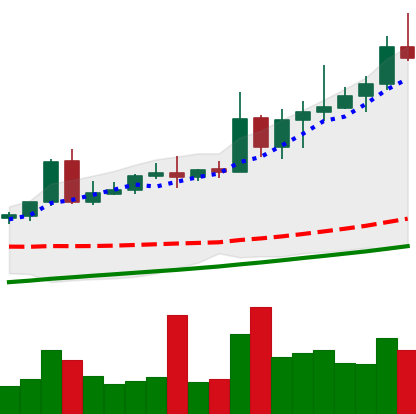
Ticker: NEO-USD
Chart end date: 2020-08-18
Forward return: 12.149%
Label: up_7plus